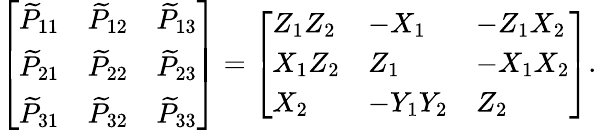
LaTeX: \left[\begin{array}{lll}{\widetilde{P}_{11}}&{\widetilde{P}_{12}}&{\widetilde{P}_{13}}\\ {\widetilde{P}_{21}}&{\widetilde{P}_{22}}&{\widetilde{P}_{23}}\\ {\widetilde{P}_{31}}&{\widetilde{P}_{32}}&{\widetilde{P}_{33}}\end{array}\right]=\left[\begin{array}{lll}{Z_{1}Z_{2}}&{-X_{1}}&{-Z_{1}X_{2}}\\ {X_{1}Z_{2}}&{Z_{1}}&{-X_{1}X_{2}}\\ {X_{2}}&{-Y_{1}Y_{2}}&{Z_{2}}\end{array}\right].